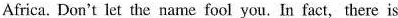
Africa. Don't let the name fool you.In fact, there is